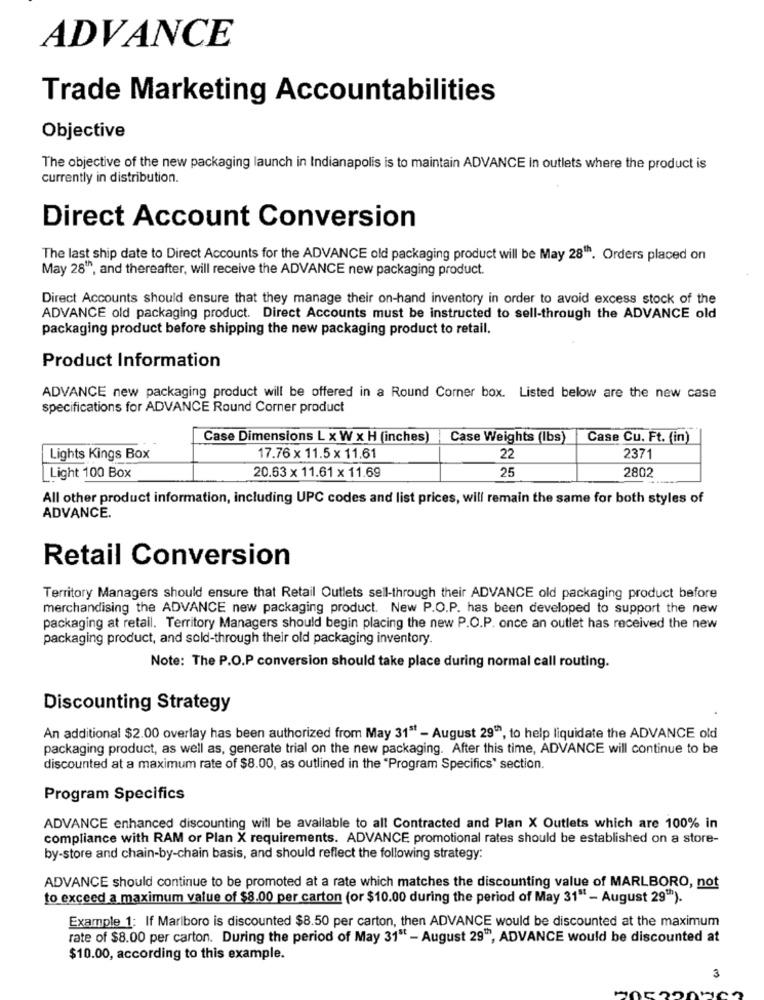
ADVANCE
Trade Marketing Accountabilities
Objective
The objective of the new packaging launch in Indianapolis is to maintain ADVANCE in outlets where the product is
currently in distribution.
Direct Account Conversion
The last ship date to Direct Accounts for the ADVANCE old packaging product will be May 28th. Orders placed on
May 28", and thereafter, will receive the ADVANCE new packaging product.
Direct Accounts should ensure that they manage their on-hand inventory in order to avoid excess stock of the
ADVANCE old packaging product. Direct Accounts must be instructed to sell-through the ADVANCE old
packaging product before shipping the new packaging product to retail.
Product Information
ADVANCE new packaging product will be offered in a Round Corner box. Listed below are the new case
specifications for ADVANCE Round Corner product
Case Dimensions L x W x H (inches)
Case Weights (Ibs)
Case Cu. Ft. (in)
22
Lights Kings Box
17.76 x 11.5 x 11.61
2371
20.63 x 11.61 x 11.69
25
Light 100 Box
2802
All other product information, including UPC codes and list prices, will remain the same for both styles of
ADVANCE.
Retail Conversion
Territory Managers should ensure that Retail Outlets sell-through their ADVANCE old packaging product before
merchandising the ADVANCE new packaging product. New P.O.P. has been developed to support the new
packaging at retail. Territory Managers should begin placing the new P.O.P. once an outlet has received the new
packaging product, and sold-through their old packaging inventory.
Note: The P.O.P conversion should take place during normal call routing.
Discounting Strategy
An additional $2.00 overlay has been authorized from May 31ª - August 29"", to help liquidate the ADVANCE old
packaging product, as well as, generate trial on the new packaging. After this time, ADVANCE will continue to be
discounted at a maximum rate of $8.00, as outlined in the "Program Specifics" section.
Program Specifics
ADVANCE enhanced discounting will be available to all Contracted and Plan X Outlets which are 100% in
compliance with RAM or Plan X requirements. ADVANCE promotional rates should be established on a store-
by-store and chain-by-chain basis, and should reflect the following strategy:
ADVANCE should continue to be promoted at a rate which matches the discounting value of MARLBORO, not
to exceed a maximum value of $8.00 per carton (or $10.00 during the period of May 31" - August 29"").
Example 1: If Marlboro is discounted $8.50 per carton, then ADVANCE would be discounted at the maximum
rate of $8.00 per carton. During the period of May 31" - August 29", ADVANCE would be discounted at
$10.00, according to this example.
3